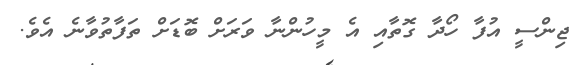
ޖިންސީ އުފާ ހޯދާ ގޮތާއި އެ މީހުންނާ ވަރަށް ބޮޑަށް ތަފާތުވާނެ އެވެ.